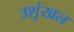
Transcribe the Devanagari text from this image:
उशृंखल